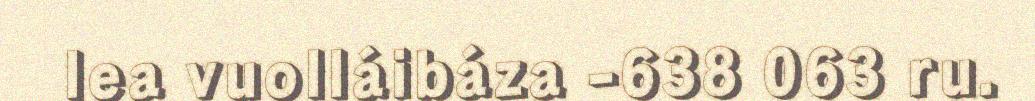
lea vuolláibáza -638 063 ru.